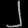
Digit: ၂